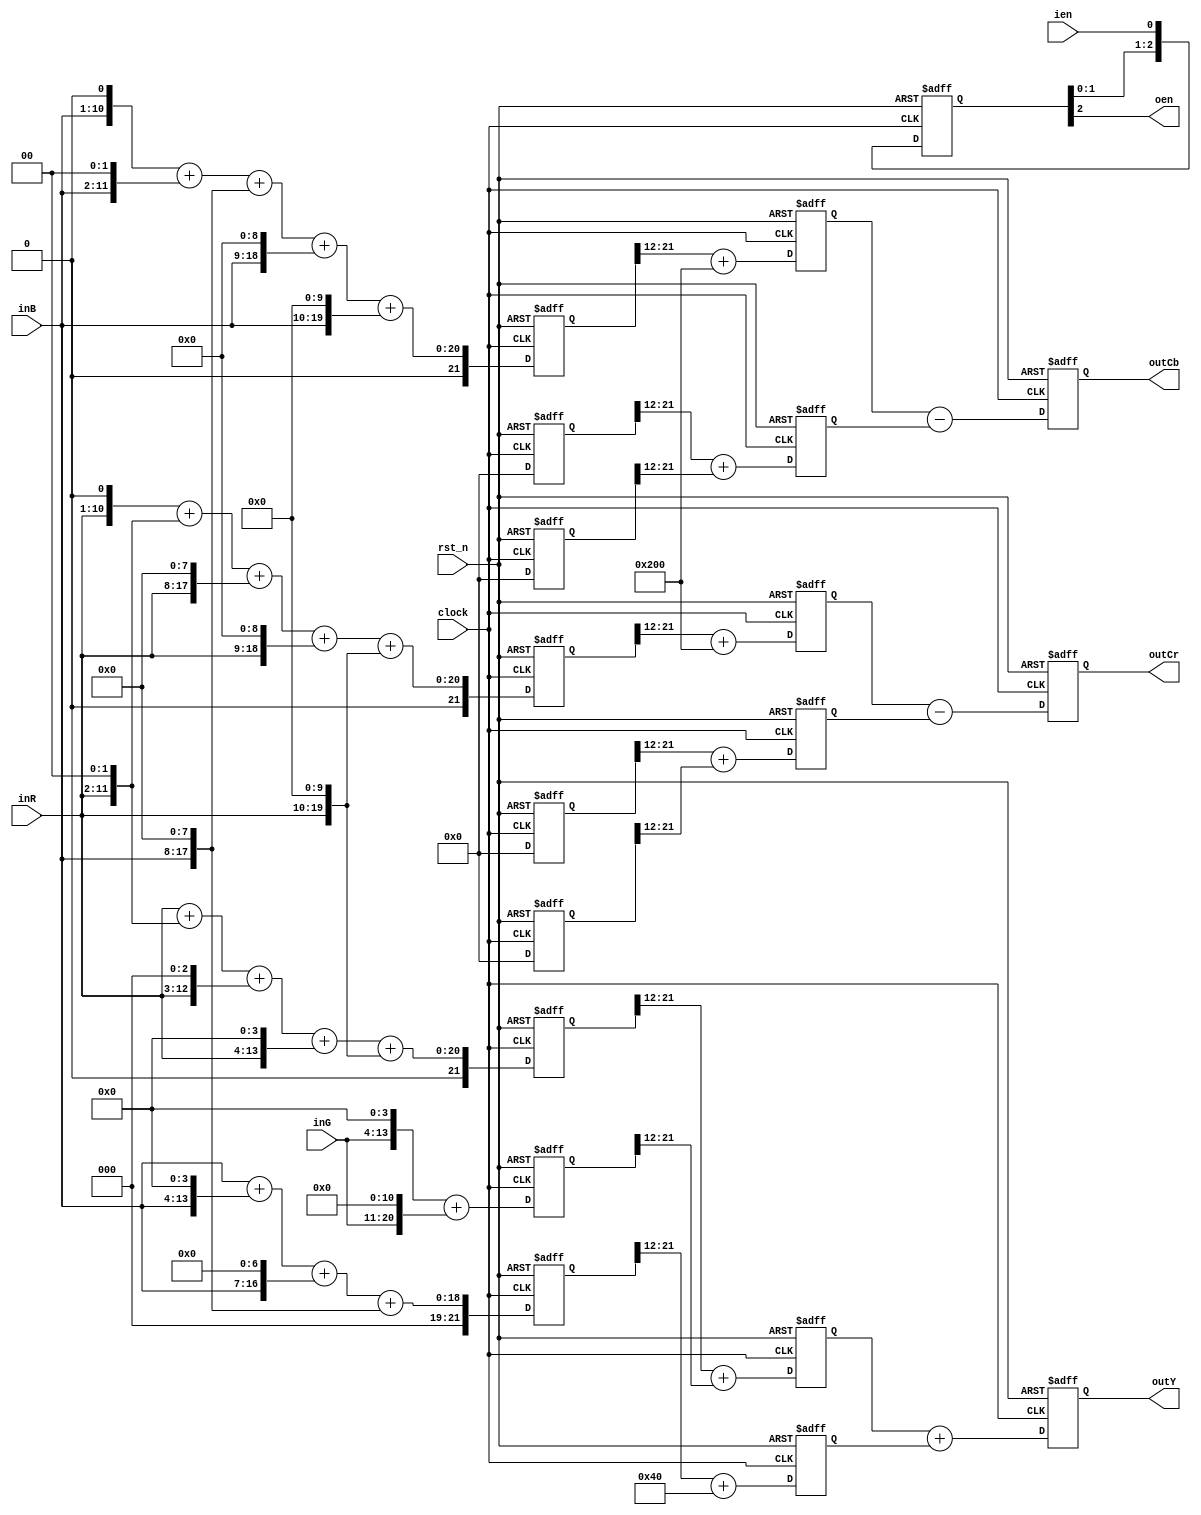
//3clk

module color_space #(
	parameter	DSIZE	= 10,
	parameter	MSIZE	= 12
)(
	input				clock  		,
	input          rst_n         ,
	input [DSIZE-1:0]	inR         ,
	input [DSIZE-1:0]	inG         ,
	input [DSIZE-1:0]	inB         ,
	output[DSIZE-1:0]	outY        ,
	output[DSIZE-1:0]	outCb       ,
	output[DSIZE-1:0]	outCr       ,
	input    ien,
	output   oen
);


/*
Y   =  0.257*R+0.504*G+0.098*B+16 
Cb 	= -0.148*R-0.291*G+0.439*B+128
Cr  =  0.439*R-0.368*G-0.071*B+128
|Y  |    |16 |              |65.738   129.057  25.06 |  |R|
|Cb | =  |128| +  (1/256) * |-37.945  -74.494  112.43| *|G|
|Cr |    |128|              |112.439  -94.154  -18.28|  |B|
Matrix
M = 
 0.257  +0.504  +0.098
-0.148  -0.291  +0.439
 0.439  -0.368  -0.071
M * 2**12 = 
  1053        2064         401
  -606       -1192        1798
  1798       -1507        -291
*/


reg [DSIZE+MSIZE-1:0]	Rxp0_257,Rxn0_148,Rxp0_439;
reg [DSIZE+MSIZE-1:0]	Gxp0_504,Gxn0_291,Gxn0_368;
reg [DSIZE+MSIZE-1:0]	Bxp0_098,Bxp0_439,Bxn0_071;
always@(posedge clock or negedge rst_n) begin
	if(rst_n == 1'b0) begin
	Rxp0_257	<= 21'd0;
	Rxn0_148	<= 21'd0;
	Rxp0_439	<= 21'd0;
	Gxp0_504	<= 21'd0;
	Gxn0_291	<= 21'd0;
	Gxn0_368	<= 21'd0;
	Bxp0_098	<= 21'd0;
	Bxp0_439	<= 21'd0;
	Bxn0_071	<= 21'd0;
	end
	else begin
	//1053  => 10000011101
	Rxp0_257	<= inR+(inR<<2)+(inR<<3)+(inR<<4)+(inR<<10);  
	//606   => 1001011110
	Rxn0_148	<= 0;                                   //(inR<<1)+(inR<<2)+(inR<<3)+(inR<<4)+(inR<<6)+(inR<<9);
	//1798  => 11100000110
	Rxp0_439	<= (inR<<1)+(inR<<2)+(inR<<8)+(inR<<9)+(inR<<10);
	//2064  => 100000010000
	Gxp0_504	<= (inG<<4)+(inG<<11);
	//1192  => 10010101000
	Gxn0_291	<= 0;                                    //(inG<<3)+(inG<<5)+(inG<<7)+(inG<<10);
	//1507  => 10111100011
	Gxn0_368	<= 0;                                    //inG + (inG<<1)+(inG<<5)+(inG<<6)+(inG<<7)+ (inG<<8)+(inG<<10);
	//401   => 110010001
	Bxp0_098	<= inB + (inB<<4)+(inB<<7)+(inB<<8);
	//1798  => 11100000110
	Bxp0_439	<=(inB<<1)+(inB<<2)+(inB<<8)+(inB<<9)+ (inB<<10);
	//291  => 100100011
	Bxn0_071	<= 0;                                    //inB +(inB<<1)+(inB<<5)+(inB<<8);
	end
end


reg [DSIZE-1:0]	Rxp0_257__Gxp0_504;
reg [DSIZE-1:0]	Rxn0_148__Gxn0_291;
reg [DSIZE-1:0]	Gxn0_368__Bxn0_071;

reg [DSIZE-1:0]	Bxp0_098__16;
reg [DSIZE-1:0]	Bxp0_439__128;
reg [DSIZE-1:0]	Rxp0_439__128;

always@(posedge clock or negedge rst_n)begin
if(rst_n == 1'b0)  begin
	Rxp0_257__Gxp0_504   <=  10'b0;
	Rxn0_148__Gxn0_291   <=  10'b0;
	Gxn0_368__Bxn0_071   <=  10'b0;

	Bxp0_098__16		<=  10'b0;
	Bxp0_439__128		<=  10'b0;
	Rxp0_439__128		<=  10'b0;  
end
else  begin
	Rxp0_257__Gxp0_504	<= Rxp0_257[DSIZE+MSIZE-1:MSIZE] + Gxp0_504[DSIZE+MSIZE-1:MSIZE];
	Rxn0_148__Gxn0_291	<= Rxn0_148[DSIZE+MSIZE-1:MSIZE] + Gxn0_291[DSIZE+MSIZE-1:MSIZE];
	Gxn0_368__Bxn0_071	<= Gxn0_368[DSIZE+MSIZE-1:MSIZE] + Bxn0_071[DSIZE+MSIZE-1:MSIZE];

	Bxp0_098__16		<= Bxp0_098[DSIZE+MSIZE-1:MSIZE] + (2**DSIZE)/16;
	Bxp0_439__128		<= Bxp0_439[DSIZE+MSIZE-1:MSIZE] + (2**DSIZE)/2;
	Rxp0_439__128		<= Rxp0_439[DSIZE+MSIZE-1:MSIZE] + (2**DSIZE)/2;
end
end

reg [DSIZE-1:0]	Rxp0_257__Gxp0_504___Bxp0_098__16;
reg [DSIZE-1:0]	Rxn0_148__Gxn0_291___Bxp0_439__128;
reg [DSIZE-1:0]	Gxn0_368__Bxn0_071___Rxp0_439__128;

always@(posedge clock or negedge rst_n)begin
if(rst_n == 1'b0) begin
	Rxp0_257__Gxp0_504___Bxp0_098__16   <= 10'b0;
	Rxn0_148__Gxn0_291___Bxp0_439__128  <= 10'b0;
   Gxn0_368__Bxn0_071___Rxp0_439__128  <= 10'b0;
end
else begin
	Rxp0_257__Gxp0_504___Bxp0_098__16	<= Rxp0_257__Gxp0_504 	+ Bxp0_098__16;
	Rxn0_148__Gxn0_291___Bxp0_439__128	<= Bxp0_439__128		- Rxn0_148__Gxn0_291;
	Gxn0_368__Bxn0_071___Rxp0_439__128	<= Rxp0_439__128		- Gxn0_368__Bxn0_071;
end
end    


assign	outY  		=  Rxp0_257__Gxp0_504___Bxp0_098__16; 
assign	outCb       =  Rxn0_148__Gxn0_291___Bxp0_439__128;
assign	outCr       =  Gxn0_368__Bxn0_071___Rxp0_439__128; 

//
//3clk
reg 	[2:0]	per_clken_r;
always @(posedge clock or negedge rst_n)begin
	if(rst_n==1'b0)
		per_clken_r <= 3'b000	;
	else 
		per_clken_r <= {per_clken_r[1:0], ien};	 
end

assign oen = per_clken_r[2];

endmodule